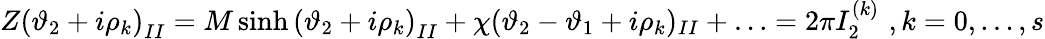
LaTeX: Z\left(\vartheta_{2}+i\rho_{k}\right)_{II}=M\sinh\left(\vartheta_{2}+i\rho_{k}\right)_{II}+\chi(\vartheta_{2}-\vartheta_{1}+i\rho_{k})_{II}+\ldots=2\pi I_{2}^{(k)}\, \, ,k=0,\ldots,s